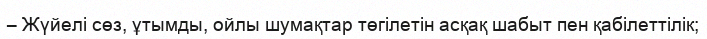
– Жүйелі сөз, ұтымды, ойлы шумақтар төгілетін асқақ шабыт пен қабілеттілік;